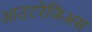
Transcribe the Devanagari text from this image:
आउटरेजिअस